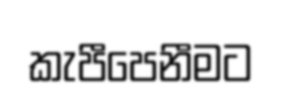
කැපීපෙනීමට